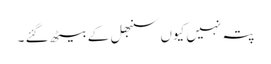
پتہ نہیں کیوں سنبھل کے بیٹھ گئے ۔